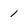
Character: 1